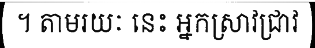
។ តាមរយៈ នេះ អ្នកស្រាវជ្រាវ